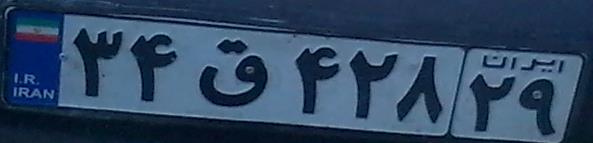
۳۴ق۴۲۸۲۹